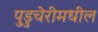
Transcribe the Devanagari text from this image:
पुडुचेरीमधील